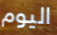
اليوم